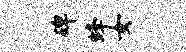
碑蜂女